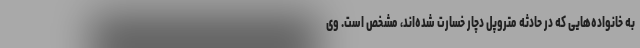
به خانواده‌هایی که در حادثه متروپل دچار خسارت شده‌اند، مشخص است. وی